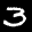
Label: 3